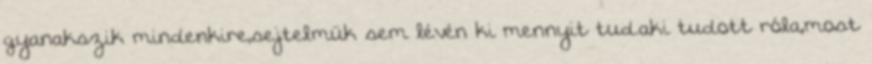
gyanakszik mindenkire,sejtelmük sem lévén ki mennyit tud.aki tudott róla,most